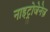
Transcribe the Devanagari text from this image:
नाइट्रोजेनेज़